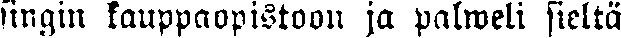
singin kauppaopistoon ja palweli sieltä